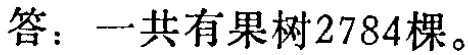
答：一共有果树\(2784\)棵。